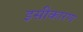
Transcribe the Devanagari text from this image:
इसीकारण